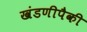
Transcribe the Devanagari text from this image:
खंडणीपैकी